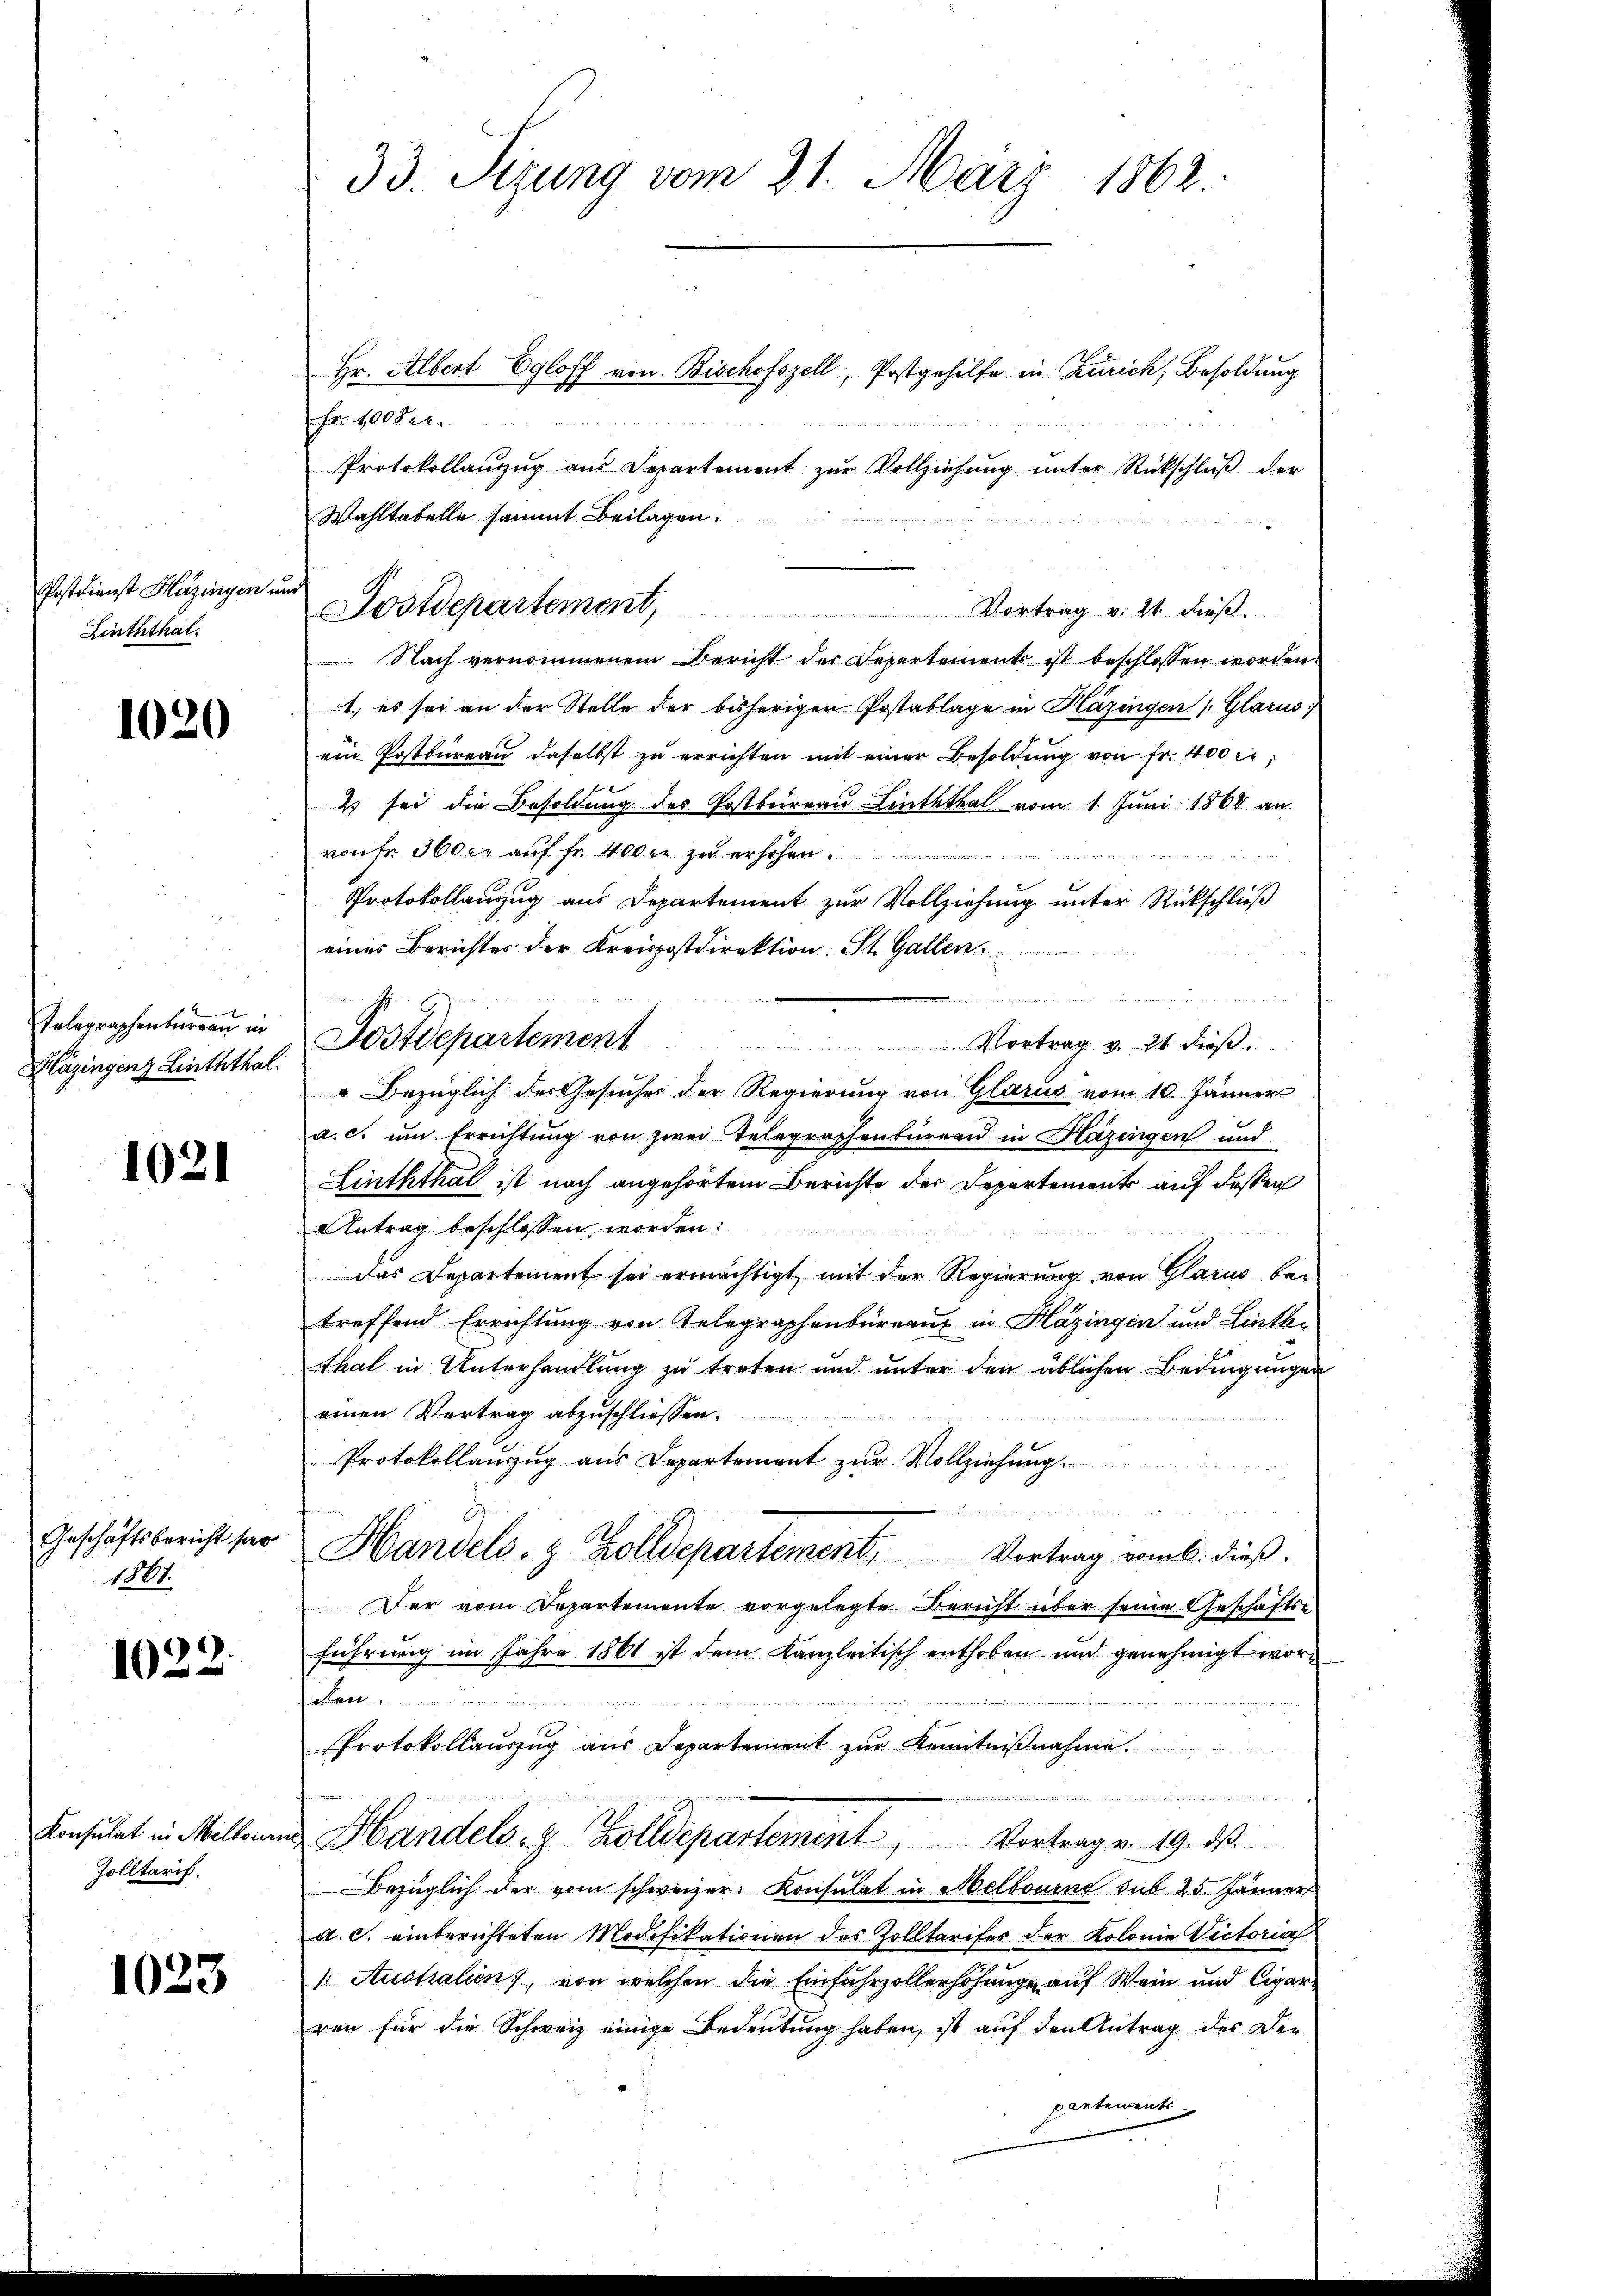
33. Sizung vom 21. März 1862.

Hr. Albert Egloff von Bischofszell, Postgehilfe in Zürich, Besoldung
Fr. 100 Frk.
Protokollanzug aus Departement zŭr Vollziehŭng ŭnter Rückschlŭβ der
Wahltabelle sammt Beilagen.
Postdepartement, Vortrag v. 21. dieβ.
Nach vernommenem Bericht der Departements ist beschlossen worden:
1., es sei an der Stelle der bisherigen Postablage in Häzingen (Glarus
ein Postbureau daselbst zu errichten mit einer Besoldung von fr. 400 fl;
Es sei die Besoldung des Postbeirrau Linththal vom 1. Juni 1864 an
von fr. 360 c. auf fr. 400 r. zu erhöhen.

Protokollanzug aus Departement zur Vollziehung unter Rückschluß
eines Berichter der Kreispostdirektion. St. Gallen
Postdepartement
 Vortrag v. 21 dieß.
" Bezüglich des Gesuches der Regierung von Glarus vom 10. Jänner
a. c. um Errichtung von zwei Telegraphenbüreau in Häzingen und
Linththal ist noch angehörtem Berichte der Departement auf dessen
Antrag beschlossen worden:
das Departement sei ermächtigt, mit der Regierung von Glarus betreffend Errichtung von Telegraphenbureau in Plazingen und Linthi
thal in Unterhandlung zu treten und unter den üblichen Bedingungen
einen Vertrag abzuschliessen.
u
Protokollanzug aus Departement zur Vollziehung
Handels- & Zolldepartement, Vortrag vom 6. dieß.
Der vom Departemente vorgelegte Bericht über seine Geschäftse
führung im Jahre 1861 ist dem Kanzleitisch enthoben und genehmigt worhlen
s
Protokollaŭszŭg aŭs Departement zŭr Kenntniβnahme

Handels- & Zolldepartement, Vortrag v. 19. dβ
Bezüglich der vom schweizer. Konsulat in Melbournt sub 25. Jänner
a. C. einberichteten Modifikationen des Zolltarifes der Kolonia Victoria
 Australien), von welchen die Einfuhrzollerhöhung auf Wein und Cigarren für die Schweiz einige Bedeutung haben, ist auf den Antrag des Der
partemente

Postdienst Häzingen in
Linththal.

1020

Telegraphenbureau in
Häzingenz Linththal:

1021

Geschäftsbericht ser
1801.

1022.

Konsulat in Melkonn
Zolltaris.

1023